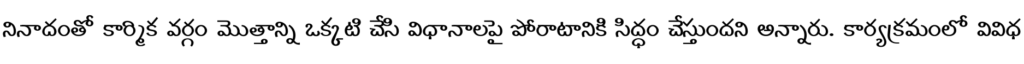
నినాదంతో కార్మిక వర్గం మొత్తాన్ని ఒక్కటి చేసి విధానాలపై పోరాటానికి సిద్ధం చేస్తుందని అన్నారు. కార్యక్రమంలో వివిధ